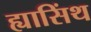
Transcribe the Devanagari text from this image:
ह्यासिंथ